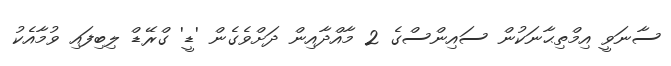
ސާނަވީ އިމްތިޙާނަކުން ސައިންސްގެ 2 މާއްދާއިން ދަށްވެގެން 'ޑީ' ގްރޭޑް ލިބިފައި ވުމާއެކު